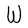
Character: W